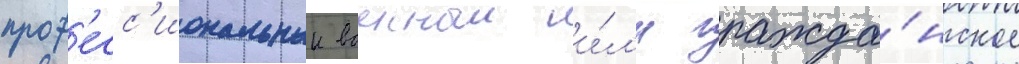
проф'есс'иональныи военныи и́л'и гражда́нское